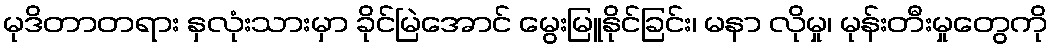
မုဒိတာတရား နှလုံးသားမှာ ခိုင်မြဲအောင် မွေးမြူနိုင်ခြင်း၊ မနာ လိုမှု၊ မုန်းတီးမှုတွေကို